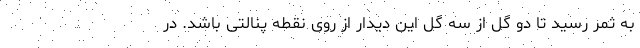
به ثمر رسید تا دو گل از سه گل این دیدار از روی نقطه پنالتی باشد. در